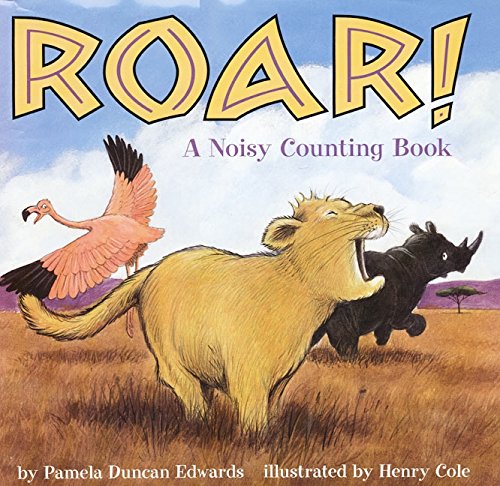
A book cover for Roar!: A Noisy Counting Book; Pamela Duncan Edwards; Children's Books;